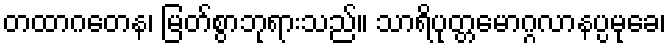
တထာဂတေန၊ မြတ်စွာဘုရားသည်။ သာရိပုတ္တမောဂ္ဂလာနပ္ပမုခေ၊